Annual report on the Civil Veterinary Department, Burma (including the Insein Veterinary School) - 1910-1922
Year: 1910
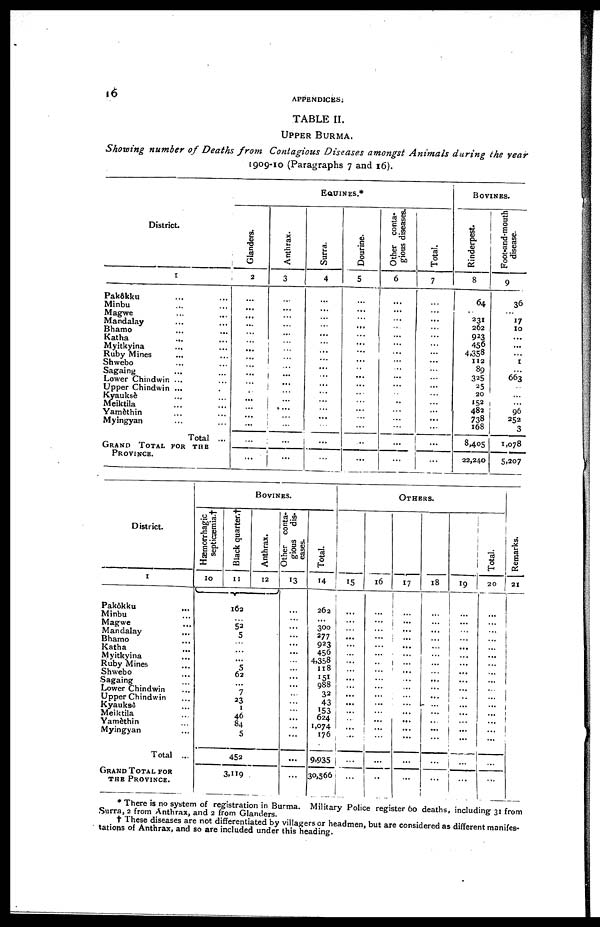
l6
APPENDICES.
TABLE II.
UPPER BURMA.
Showing number of Deaths from
Contagious Diseases amongst Animals
during the year
1909-10 (Paragraphs 7 and 16).
District.
1
PakSkku ... ...
Minbu ... ...
Magwe ... ...
Mandalay ... ...
Bhamo ... ...
Katha ... ...
Myitkyina ... ...
Ruby Mines
Shwebo ... ...
Sagaing ... ...
Lower Chindwin ... ...
Upper Chindwin ... ...
Kyauksè ... ...
Meiktila ... ...
Yamèthin ... ...
Myingyan ... ...
Total ...
GRAND
TOTAL FOR
THE PROVINCE .
EQUINES.*
Glanders.
2
...
...
...
...
...
...
...
...
...
...
...
...
...
...
...
...
...
...
Anthrax.
3
...
...
...
...
...
...
...
...
...
...
...
...
...
...
...
...
...
...
Surra.
4
...
...
...
...
...
...
...
...
...
...
...
...
...
...
...
...
...
...
Dourine.
5
...
...
...
...
...
...
...
...
...
...
...
...
...
...
...
...
...
...
Other conta-
gious diseases.
6
...
...
...
...
...
...
...
...
...
...
...
...
...
...
...
...
...
...
Total.
7
...
...
...
...
...
...
...
...
...
...
...
...
...
...
...
...
...
...
BOVINES.
Rinderpest.
8
64
...
231
262
923
456
4,358
112
89
325
25
20
152
482
738
168
8,405
22,240
Foot-and-mouth
disease.
9
36
...
17
10
...
...
...
1
...
663
...
...
...
96
252
3
1,078
5,207
District.
1
Pakôkku ...
Minbu ...
Magwe ...
Mandalay ...
Bhamo ...
Katha ...
Myitkyina ...
Ruby Mines ...
Shwebo ...
Sagaing ...
Lower Chindwin ...
Upper Chindwin ...
Kyauksè ...
Meiktila ...
Yamèthin ...
Myingyan ...
Total ...
GRAND TOTAL FOR
THE PROVINCE .
BOVINES.
Hæmorrhagic
septicæmia. †
10
Black quarter.†
11
162
52
5
...
5
62
...
7
23
1
46
84
5
452
3,119
Anthrax.
12
Other conta-
gious dis-
eases.
13
...
...
...
...
...
...
...
...
...
...
...
...
...
...
...
...
...
...
Total.
14
262
...
300
277
923
456
4,358
118
151
988
32
43
153
624
1,074
176
9,935
30,566
OTHERS.
15
...
...
...
...
...
...
...
...
...
...
...
...
...
...
...
...
...
...
16
...
...
...
...
...
...
...
...
...
...
...
...
...
...
...
...
...
...
17
...
...
...
...
...
...
...
.
...
...
...
...
...
...
...
...
...
...
...
18
...
...
...
...
...
...
...
...
...
...
...
...
...
...
...
...
...
...
19
...
...
...
...
...
...
...
...
...
...
...
...
...
...
...
...
...
...
Total.
20
...
...
...
...
...
...
...
...
...
...
...
...
...
...
...
...
...
...
Remarks.
21
* There is no system of registration in Burma. Military Police register 60 deaths, including 31 from
Surra, 2 from Anthrax, and 2 from Glanders.
† These diseases are not differentiated by villagers or headmen, but are considered as different manifes-
tations of Anthrax, and so are included under this heading.